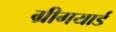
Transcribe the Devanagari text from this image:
ग्रीगयार्ड